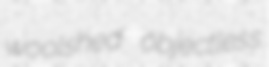
woolshed objectless